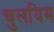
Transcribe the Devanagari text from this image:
चुलयिम